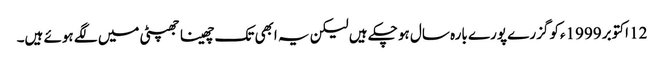
12 اکتوبر 1999ءکو گزرے پورے بارہ سال ہو چکے ہیں لیکن یہ ابھی تک چھینا جھپٹی میں لگے ہوئے ہیں۔